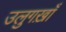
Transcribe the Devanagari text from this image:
उलुगख़ाँ